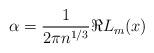
LaTeX: \begin{align*}\alpha = \frac{1}{ 2 \pi n^{1/3}} \Re L_m(x)\end{align*}